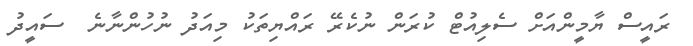
ރައީސް ޔާމީންއަށް ސެލިއުޓް ކުރަން ނުކެރޭ ރައްޔިތަކު މިއަދު ނުހުންނާނެ  ސައީދު